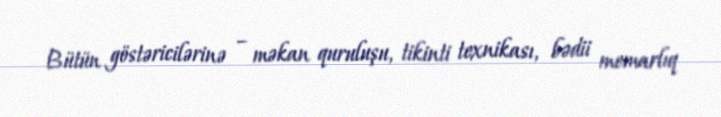
Bütün göstəricilərinə – məkan quruluşu, tikinti texnikası, bədii memarlıq